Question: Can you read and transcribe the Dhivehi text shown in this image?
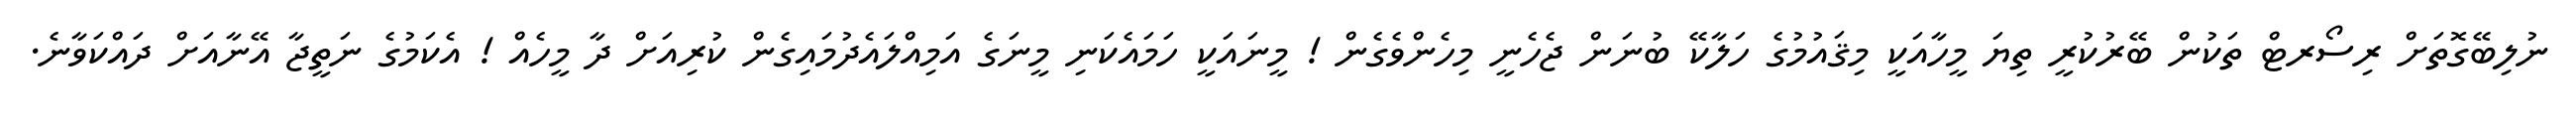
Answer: ނުލިބޭގޮތަށް ރިސޯރޓް ތަކުން ބޭރުކުރީ ތިޔަ މީހާއަކީ މިޤައުމުގެ ހަލާކޭ ބުނަން ޖެހެނީ މިހެންވެގެން ! މީނައަކީ ހަމައެކަނި މީނަގެ އަމިއްލައެދުމައިގެން ކުރިއަށް ދާ މީހެއް ! އެކަމުގެ ނަތީޖާ އޭނާއަށް ދައްކަވާނެ.